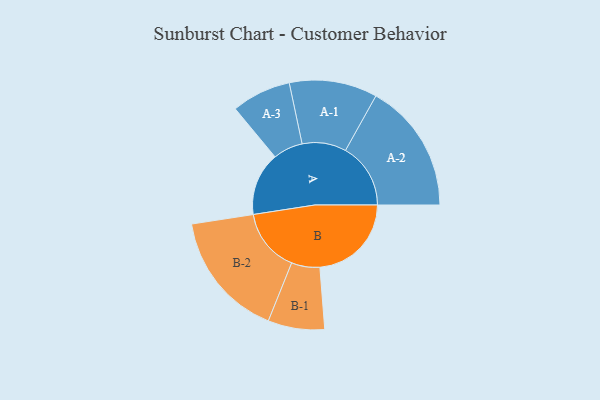
{"axis": {"x": "Segment", "y": "Value"}, "legend": ["", "A", "B"], "data": [{"x": "A", "y": 266, "type": ""}, {"x": "B", "y": 385, "type": ""}, {"x": "A-1", "y": 185, "type": "A"}, {"x": "A-2", "y": 274, "type": "A"}, {"x": "A-3", "y": 125, "type": "A"}, {"x": "B-1", "y": 119, "type": "B"}, {"x": "B-2", "y": 267, "type": "B"}]}